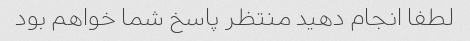
لطفا انجام دهید منتظر پاسخ شما خواهم بود